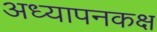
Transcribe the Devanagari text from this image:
अध्यापनकक्ष